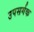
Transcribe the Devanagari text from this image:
उपसर्गक